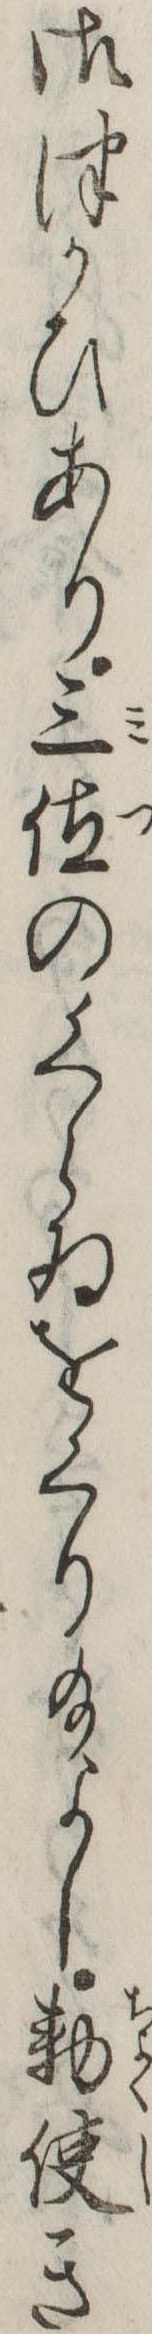
御つかひあり三位のくらゐをくり給よし勅使き